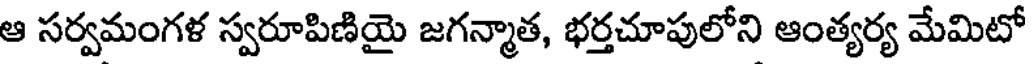
ఆ సర్వమంగళ స్వరూపిణియై జగన్మాత, భర్తచూపులోని ఆంత్యర్య మేమిటో